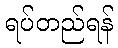
ရပ်တည်ရန်